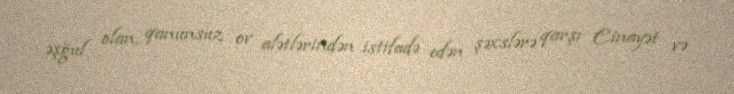
əşğul olan, qanunsuz ov alətlərindən istifadə edən şəxslərə qarşı Cinayət və